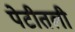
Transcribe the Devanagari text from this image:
पेटीतली